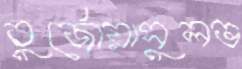
বুর্জোয়াসুলভ